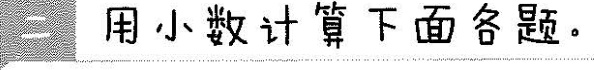
二 用小数计算下面各题。